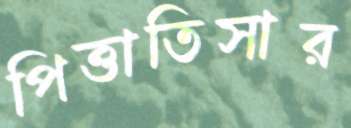
পিত্তাতিসার